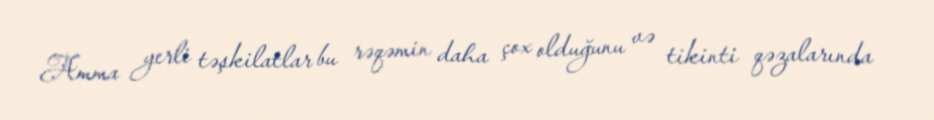
Amma yerli təşkilatlar bu rəqəmin daha çox olduğunu və tikinti qəzalarında